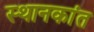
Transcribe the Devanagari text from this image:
स्थानकांत